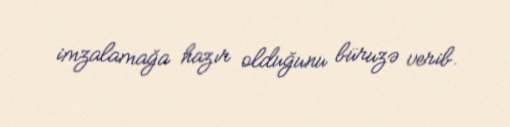
imzalamağa hazır olduğunu büruzə verib.